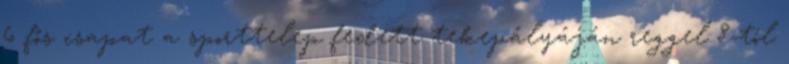
6 fős csapat a sporttelep fedett tekepályáján reggel 8-tól